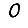
Digit: 0